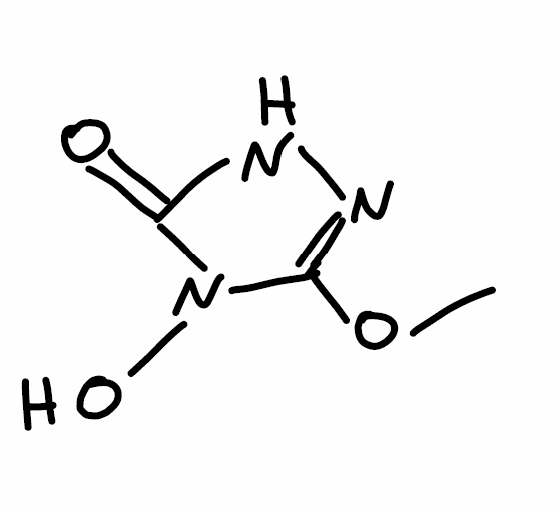
Simplified molecular-input line-entry system (SMILES) notation of the given molecule:
COC1=NNC(=O)N1O